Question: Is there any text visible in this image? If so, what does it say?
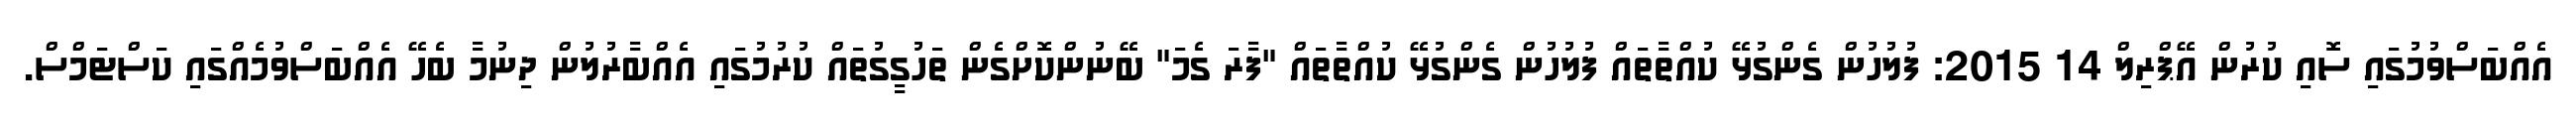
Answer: އެއްބަސްވުމުގައި ސޮއި ކުރުން އޭޕްރިލް 14 2015: ފުލުހުން ގެންގުޅޭ ކުއްތާތައް ފުލުހުން ގެންގުޅޭ ކުއްތާތައް "ފާރަ ގެމަ" ބޭނުންކޮށްގެން ތަހުގީގުތައް ކުރުމުގައި އެއްބާރުލުން ދިނުމާ ބެހޭ އެއްބަސްވުމެއްގައި ކަސްޓަމްސް.